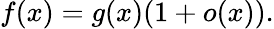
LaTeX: f(x)=g(x)(1+o(x)).